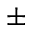
\pm